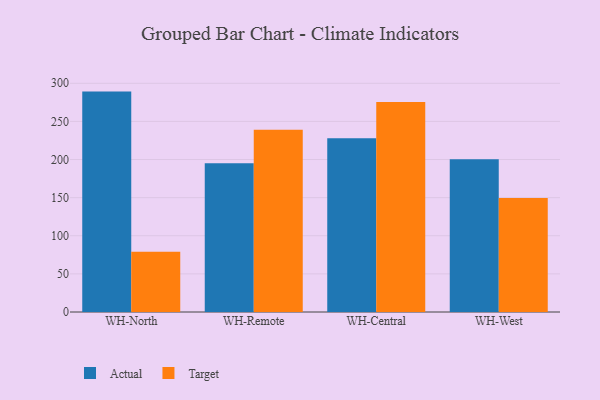
{"axis": {"x": "Warehouse", "y": "Conversion Rate (%)"}, "legend": ["Actual", "Target"], "data": [{"x": "WH-North", "y": 289.1, "type": "Actual"}, {"x": "WH-North", "y": 79.1, "type": "Target"}, {"x": "WH-Remote", "y": 195.0, "type": "Actual"}, {"x": "WH-Remote", "y": 239.1, "type": "Target"}, {"x": "WH-Central", "y": 227.9, "type": "Actual"}, {"x": "WH-Central", "y": 275.5, "type": "Target"}, {"x": "WH-West", "y": 200.4, "type": "Actual"}, {"x": "WH-West", "y": 149.4, "type": "Target"}]}